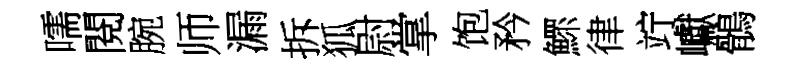
嚅閱腕师漏拆狐尉掌饱矜鰥律竚巘鶻